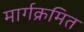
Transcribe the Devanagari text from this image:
मार्गक्रमित